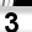
Digit: 3